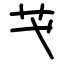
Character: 芅